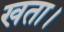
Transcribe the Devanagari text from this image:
खता।